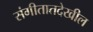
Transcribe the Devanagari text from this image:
संगीतातदेखील